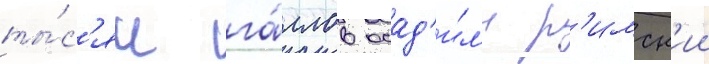
ты́с'яч га́ллов осад'и́л'и р'имск'ии